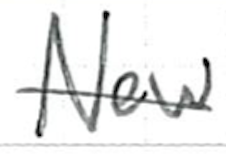
Text: New
Cross-out: single-line
Writing tool: ballpoint